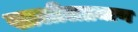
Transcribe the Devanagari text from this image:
खालीलप्रमाण